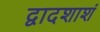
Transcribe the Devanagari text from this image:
द्वादशाशं